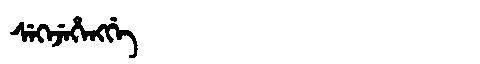
Manchu: ᠰᡝᡴᡝᠵᡝᡥᡝᠩᡤᡝ
Romanization: SEKEJEHENGGE